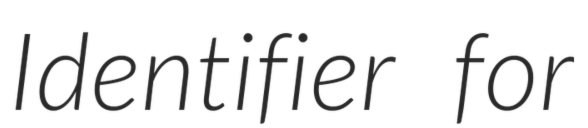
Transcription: Identifier for